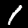
Digit: 1